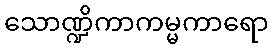
သောဏ္ဍိကာကမ္မကာရော